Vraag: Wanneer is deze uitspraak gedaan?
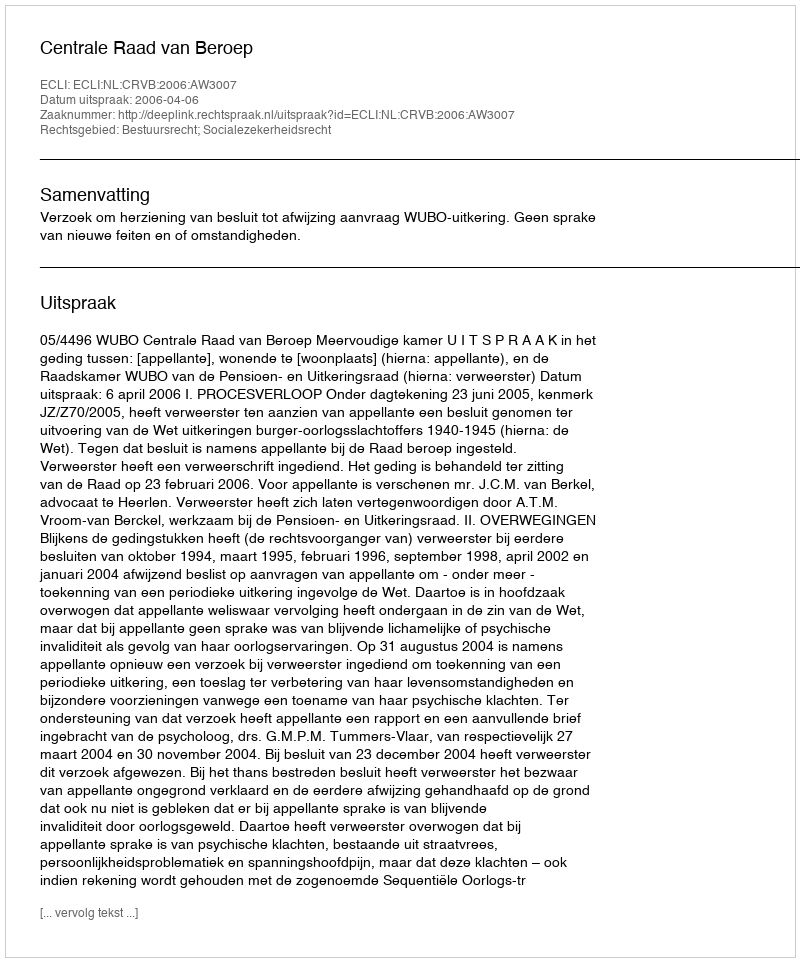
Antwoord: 2006-04-06